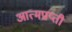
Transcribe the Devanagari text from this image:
आत्मप्राप्ती